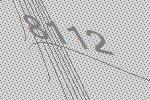
8112